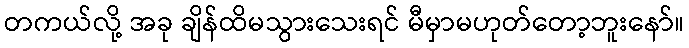
တကယ်လို့ အခု ချိန်ထိမသွားသေးရင် မီမှာမဟုတ်တော့ဘူးနော်။